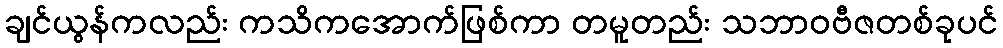
ချင်ယွန်ကလည်း ကသိကအောက်ဖြစ်ကာ တမူတည်း သဘာဝဗီဇတစ်ခုပင်